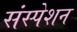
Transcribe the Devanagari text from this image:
संस्पेशन